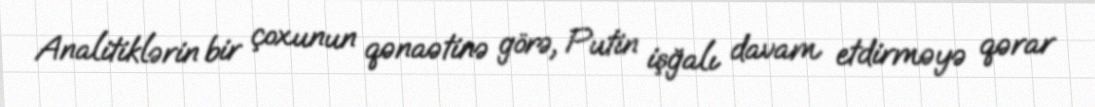
Analitiklərin bir çoxunun qənaətinə görə, Putin işğalı davam etdirməyə qərar